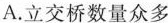
A.立交桥数量众多